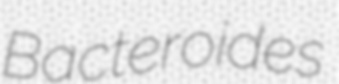
Bacteroides